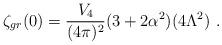
LaTeX: \begin{align*}\zeta_{gr}(0)=\frac{V_{4}}{(4\pi)^2}(3+2\alpha^{2})(4\Lambda^{2})\ .\end{align*}